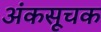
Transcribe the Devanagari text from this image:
अंकसूचक